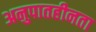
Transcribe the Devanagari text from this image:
अनुपातहीनता